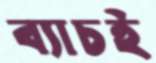
ব্যাচই